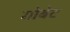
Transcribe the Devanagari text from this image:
गोबेट